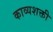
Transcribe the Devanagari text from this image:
काव्यशक्ती